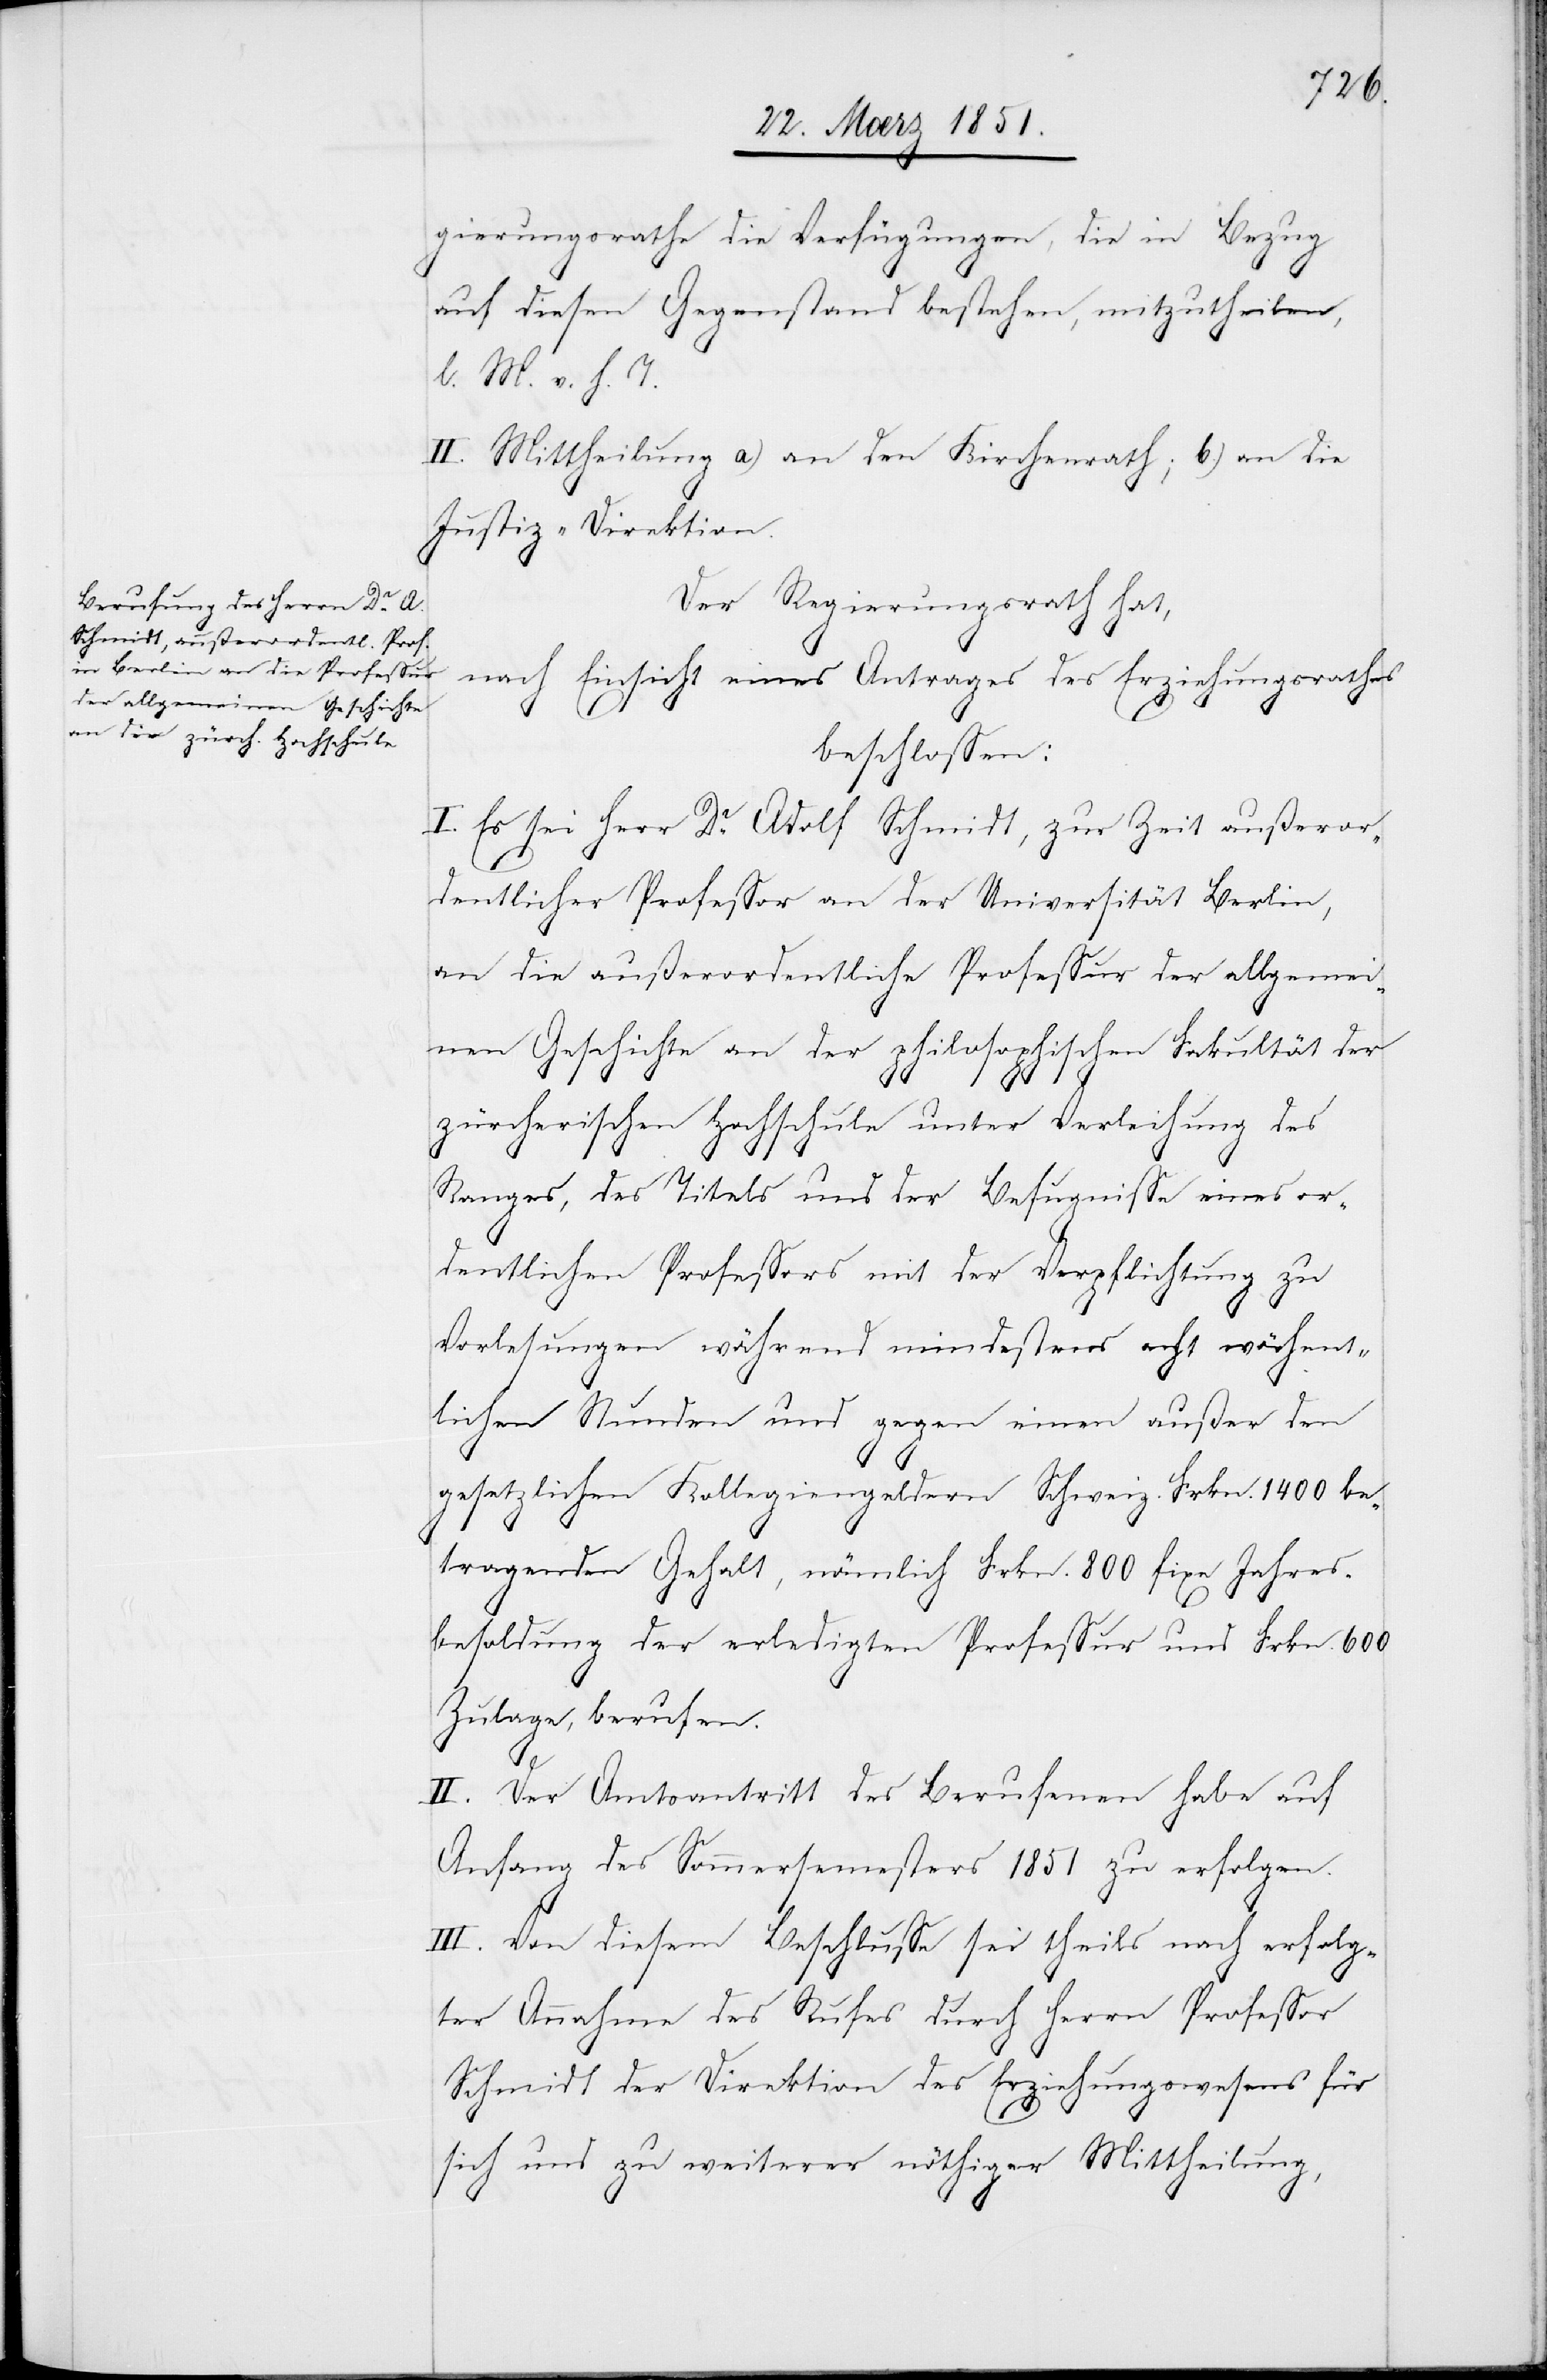
gierungsrathe die Verfügungen, die in Bezug
auf diesen Gegenstand bestehen, mitzutheilen,
l. M. v. h. T.
II. Mittheilung a) an den Kirchenrath; b.) an die
Justiz-Direktion.
Der Regierungsrath hat,
nach Einsicht eines Antrages des Erziehungsrathes
beschlossen:
I. Es sei Herr Dr. Adolf Schmidt, zur Zeit außeror¬
dentlicher Professor an der Universität Berlin,
an die außerordentliche Professur der allgemei¬
nen Geschichte an der philosophischen Fakultät der
zürcherischen Hochschule unter Verleihung des
Ranges, des Titels und der Befugnisse eines or¬
dentlichen Professors mit der Verpflichtung zu
Vorlesungen während mindestens acht wöchent¬
lichen Stunden und gegen einen außer den
gesetzlichen Kollegiengeldern Schweiz. Frkn. 1400 be¬
tragenden Gehalt, nämlich Frkn. 800 fixe Jahres¬
besoldung der erledigten Professur und Frkn. 600
Zulage, berufen.
II. Der Amtsantritt des Berufenen habe auf
Anfang des Sommersemesters 1851 zu erfolgen.
III. Von diesem Beschlusse sei theils nach erfolg¬
ter Annahme des Rufes durch Herrn Professor
Schmidt der Direktion des Erziehungswesens für
sich und zu weiterer nöthiger Mittheilung,